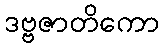
ဒဗ္ဗဇာတိကော